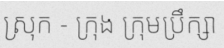
ស្រុក - ក្រុង ក្រុមប្រឹក្សា